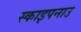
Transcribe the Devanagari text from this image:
स्काइपनाउ